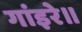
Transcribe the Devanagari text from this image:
गांइरे॥